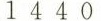
1 4 4 0